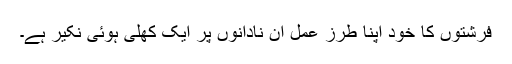
فرشتوں کا خود اپنا طرز عمل ان نادانوں پر ایک کھلی ہوئی نکیر ہے۔